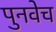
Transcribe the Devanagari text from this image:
पुनवेच